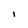
Character: I